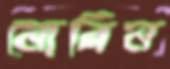
নোরিন